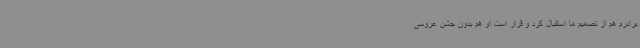
برادرم هم از تصمیم ما استقبال کرد و قرار است او هم بدون جشن عروسی